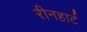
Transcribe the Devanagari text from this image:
रीनहार्ट